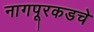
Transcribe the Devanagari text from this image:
नागपूरकडचे